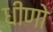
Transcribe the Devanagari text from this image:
धीणो